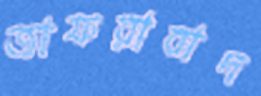
জাফরাবাদ